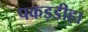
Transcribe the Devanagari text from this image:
पकड़डीहा